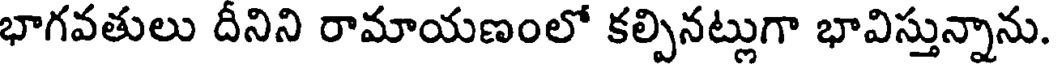
భాగవతులు దీనిని రామాయణంలో కల్పినట్లుగా భావిస్తున్నాను